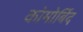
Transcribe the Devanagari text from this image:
कोमोर्बिद